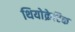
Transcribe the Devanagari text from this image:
थियोक्रेटिक